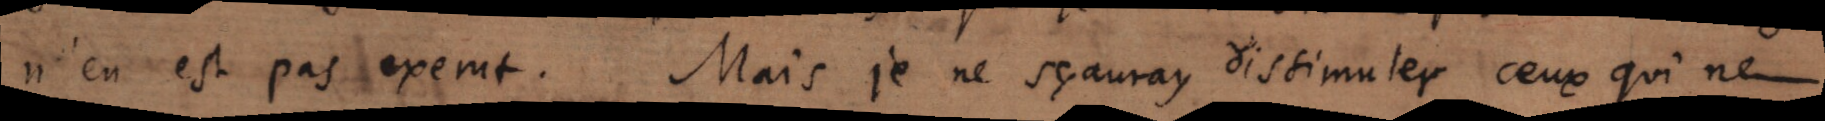
n’en est pas exemt. Mais je ne sçauray dissimuler ceux qui ne